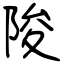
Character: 陖